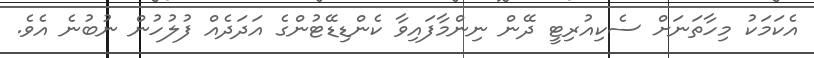
އެކަމަކު މިހާތަނަށް ސެކިއުރިޓީ ދޭން ނިންމާފައިވާ ކެންޑިޑޭޓުންގެ އަދަދެއް ފުލުހުން ނުބުނެ އެވެ.